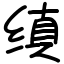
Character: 缜